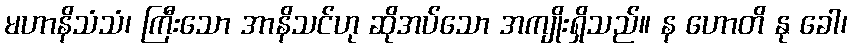
မဟာနိသံသံ၊ ကြီးသော အာနိသင်ဟု ဆိုအပ်သော အကျိုးရှိသည်။ န ဟောတိ နု ခေါ၊